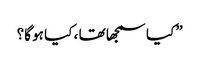
” کیا سمجھا تھا ، کیا ہو گا؟